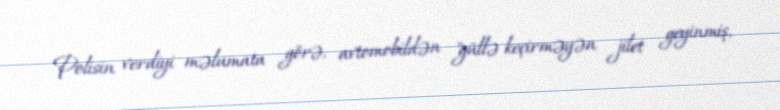
Polisin verdiyi məlumata görə, avtomobildən "güllə keçirməyən jilet geyinmiş,